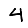
Digit: 4